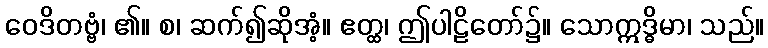
ဝေဒိတဗ္ဗံ၊ ၏။ စ၊ ဆက်၍ဆိုအံ့။ ဧတ္ထ၊ ဤပါဠိတော်၌။ သောဣဒ္ဓိမာ၊ သည်။